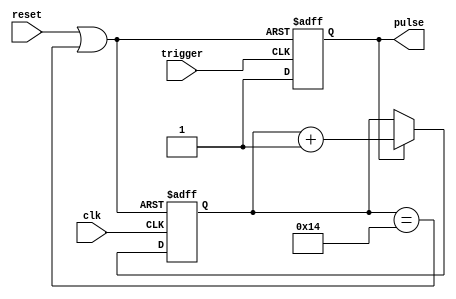
`timescale 1ns / 1ps


module mono_stable(
    input clk,
    input reset,
    input trigger,
    output reg pulse = 0
    );
    parameter PULSE_WIDTH = 20;

        reg [4:0] count = 0;

        wire countReset = reset | (count == PULSE_WIDTH);

        always @(posedge trigger, posedge countReset) begin
                if (countReset) begin
                        pulse <= 1'b0;
                end else begin
                        pulse <= 1'b1;
                end
        end

        always @(posedge clk, posedge countReset) begin
                if(countReset) begin
                        count <= 0;
                end else begin
                        if(pulse) begin
                        count <= count + 1'b1;
                        end
                end
        end
    
endmodule